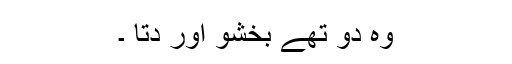
وہ دو تھے بخشو اور دِتّا ۔